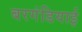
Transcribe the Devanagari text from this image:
बरगंडियाई